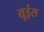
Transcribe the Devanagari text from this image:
यूईस